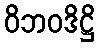
ဝိဘဝဒိဋ္ဌိ